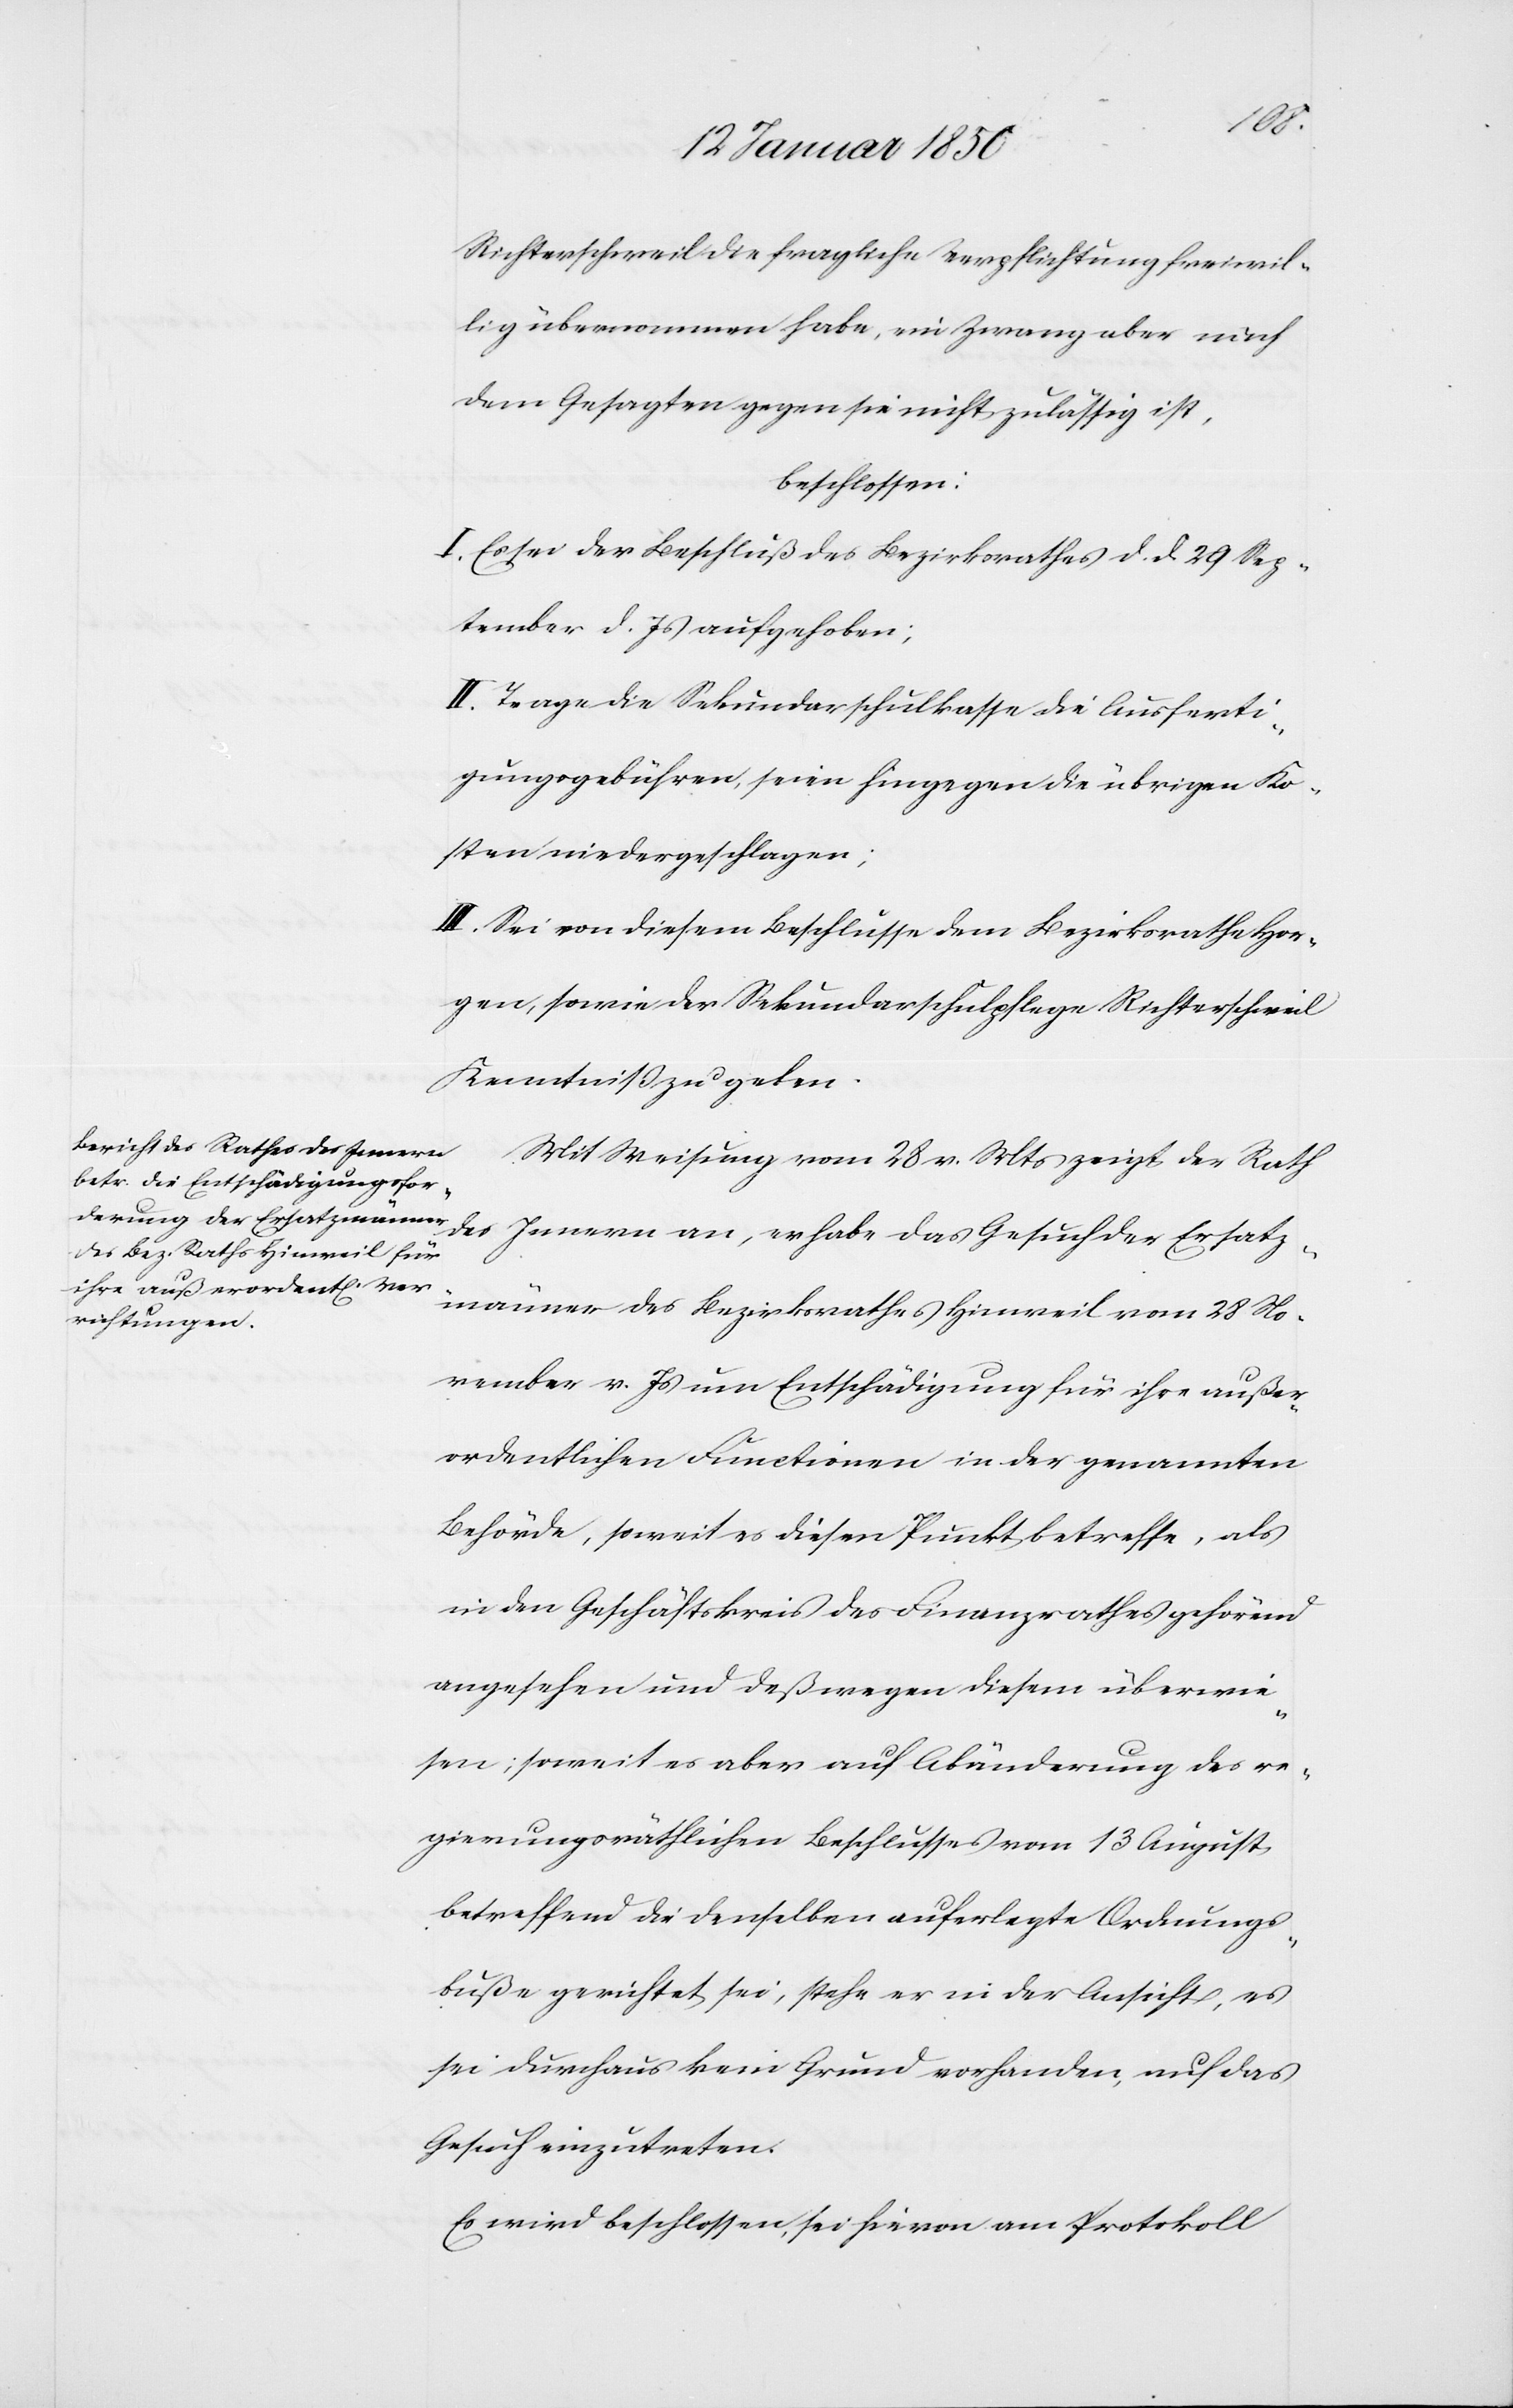
Richterschweil die fragliche Verpflichtung freiwil¬
lig übernommen habe, ein Zwang aber nach
dem Gesagten gegen sie nicht zulässig ist,
beschlossen:
I. Es sei der Beschluß des Bezirksrathes d. d. 29 Sep¬
tember d. Js aufgehoben;
II. Trage die Sekundarschulkasse die Ausferti¬
gungsgebühren, seien hingegen die übrigen Ko¬
sten niedergeschlagen;
III. Sei von diesem Beschlusse dem Bezirksrathe Hor¬
gen, sowie der Sekundarschulpflege Richterschweil
Kenntniß zu geben.
Mit Weisung vom 28 v. Mts zeigt der Rath
des Innern an, er habe das Gesuch der Ersatz¬
männer des Bezirksrathes Hinweil vom 28 No¬
vember v. Js um Entschädigung für ihre außer¬
ordentlichen Functionen in der genannten
Behörde, soweit es diesen Punkt betreffe, als
in den Geschäftskreis des Finanzrathes gehörend
angesehen und deßwegen diesem überwie¬
sen; soweit es aber auf Abänderung des re¬
gierungsräthlichen Beschlusses vom 13 August
betreffend die denselben auferlegte Ordnungs¬
buße gerichtet sei, stehe er in der Ansicht, es
sei durchaus kein Grund vorhanden, auf das
Gesuch einzutreten.
Es wird beschlossen, sei hievon am Protokoll